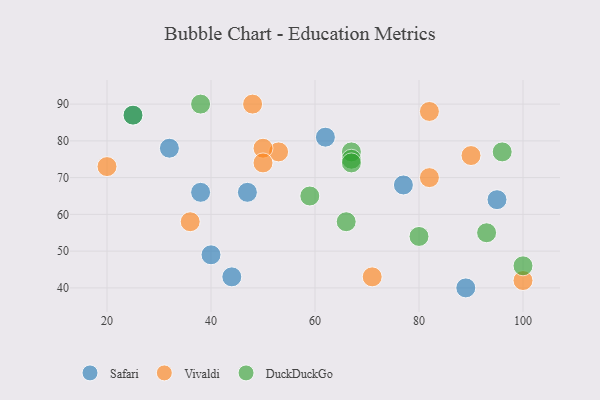
{"axis": {"x": "GDP", "y": "Life Expectancy"}, "legend": ["DuckDuckGo", "Safari", "Vivaldi"], "data": [{"x": "40", "y": 49, "type": "Safari"}, {"x": "25", "y": 87, "type": "Safari"}, {"x": "38", "y": 66, "type": "Safari"}, {"x": "77", "y": 68, "type": "Safari"}, {"x": "32", "y": 78, "type": "Safari"}, {"x": "62", "y": 81, "type": "Safari"}, {"x": "44", "y": 43, "type": "Safari"}, {"x": "47", "y": 66, "type": "Safari"}, {"x": "89", "y": 40, "type": "Safari"}, {"x": "95", "y": 64, "type": "Safari"}, {"x": "82", "y": 88, "type": "Vivaldi"}, {"x": "53", "y": 77, "type": "Vivaldi"}, {"x": "100", "y": 42, "type": "Vivaldi"}, {"x": "82", "y": 70, "type": "Vivaldi"}, {"x": "50", "y": 78, "type": "Vivaldi"}, {"x": "71", "y": 43, "type": "Vivaldi"}, {"x": "90", "y": 76, "type": "Vivaldi"}, {"x": "50", "y": 74, "type": "Vivaldi"}, {"x": "48", "y": 90, "type": "Vivaldi"}, {"x": "36", "y": 58, "type": "Vivaldi"}, {"x": "20", "y": 73, "type": "Vivaldi"}, {"x": "38", "y": 90, "type": "DuckDuckGo"}, {"x": "66", "y": 58, "type": "DuckDuckGo"}, {"x": "80", "y": 54, "type": "DuckDuckGo"}, {"x": "96", "y": 77, "type": "DuckDuckGo"}, {"x": "59", "y": 65, "type": "DuckDuckGo"}, {"x": "67", "y": 77, "type": "DuckDuckGo"}, {"x": "100", "y": 46, "type": "DuckDuckGo"}, {"x": "25", "y": 87, "type": "DuckDuckGo"}, {"x": "67", "y": 75, "type": "DuckDuckGo"}, {"x": "67", "y": 74, "type": "DuckDuckGo"}, {"x": "93", "y": 55, "type": "DuckDuckGo"}]}